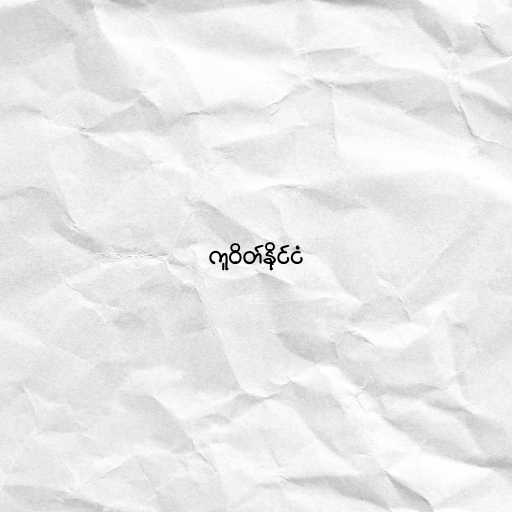
ကူဝိတ်နိုင်ငံ